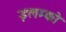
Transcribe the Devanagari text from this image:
इलम्को